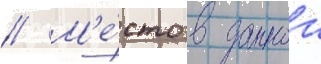
// М'е́сто в даннои